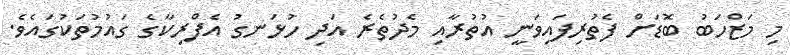
މި މަޒްހަބު ބޮޑަށް ފެތުރިފައިވަނީ އުތުރާއި މެދުތެރެ އަދި ހުޅަނގު އެފްރިކާގެ ގައުމުތަކުގައެވެ.